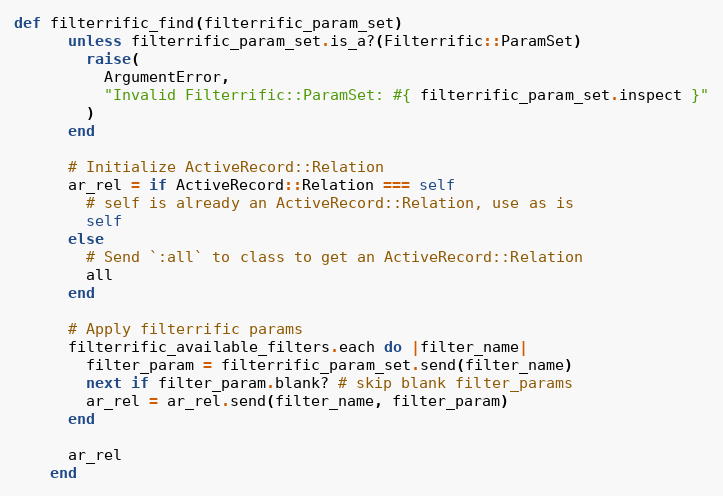
Language: Ruby
def filterrific_find(filterrific_param_set)
      unless filterrific_param_set.is_a?(Filterrific::ParamSet)
        raise(
          ArgumentError,
          "Invalid Filterrific::ParamSet: #{ filterrific_param_set.inspect }"
        )
      end

      # Initialize ActiveRecord::Relation
      ar_rel = if ActiveRecord::Relation === self
        # self is already an ActiveRecord::Relation, use as is
        self
      else
        # Send `:all` to class to get an ActiveRecord::Relation
        all
      end

      # Apply filterrific params
      filterrific_available_filters.each do |filter_name|
        filter_param = filterrific_param_set.send(filter_name)
        next if filter_param.blank? # skip blank filter_params
        ar_rel = ar_rel.send(filter_name, filter_param)
      end

      ar_rel
    end